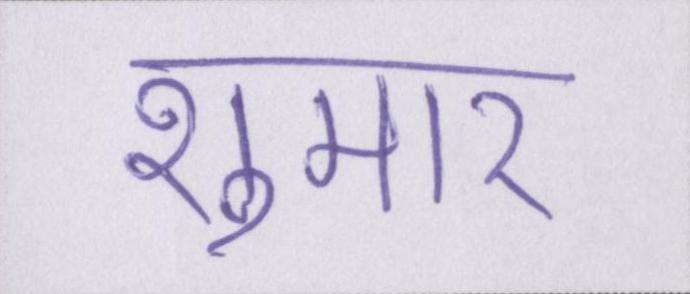
शुमार